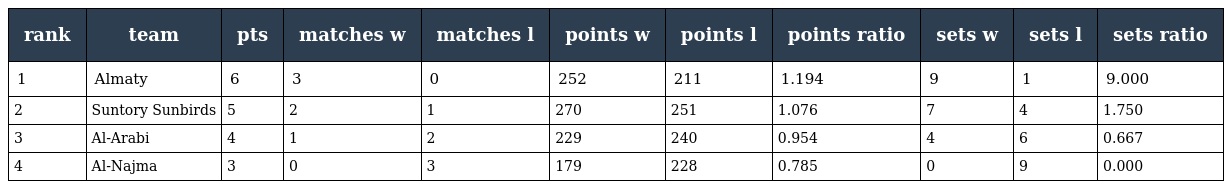
| rank | team | pts | matches w | matches l | points w | points l | points ratio | sets w | sets l | sets ratio |
 | --- | --- | --- | --- | --- | --- | --- | --- | --- | --- | --- |
 | 1 | Almaty | 6 | 3 | 0 | 252 | 211 | 1.194 | 9 | 1 | 9.000 |
 | 2 | Suntory Sunbirds | 5 | 2 | 1 | 270 | 251 | 1.076 | 7 | 4 | 1.750 |
 | 3 | Al-Arabi | 4 | 1 | 2 | 229 | 240 | 0.954 | 4 | 6 | 0.667 |
 | 4 | Al-Najma | 3 | 0 | 3 | 179 | 228 | 0.785 | 0 | 9 | 0.000 |